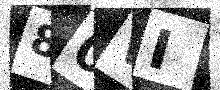
Text: 80VI